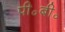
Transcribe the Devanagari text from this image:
पी॰बी॰